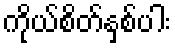
ကိုယ်စိတ်နှစ်ပါး